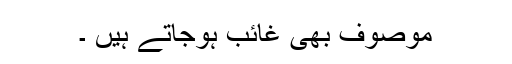
موصوف بھی غائب ہوجاتے ہیں ۔